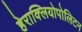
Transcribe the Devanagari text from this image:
हेराक्लियोपोलिटन